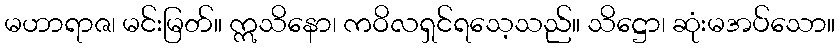
မဟာရာဇ၊ မင်းမြတ်။ ဣသိနော၊ ကဝိလရှင်ရသေ့သည်။ သိဋ္ဌော၊ ဆုံးမအပ်သော။